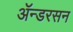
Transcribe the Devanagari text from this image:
ॲन्डरसन